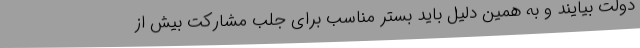
دولت بیایند و به همین دلیل باید بستر مناسب برای جلب مشارکت بیش از